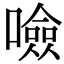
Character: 噞